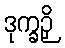
ဒုက္ခဉှိ